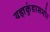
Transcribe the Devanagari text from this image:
यज्ञकुंडासमोर